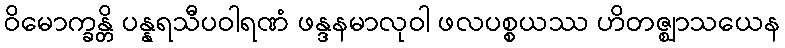
ဝိမောက္ခန္တိ ပန္နရသီပဝါရဏံ ဖန္ဒနမာလုဝါ ဖလပစ္စယဿ ဟိတဇ္ဈာသယေန